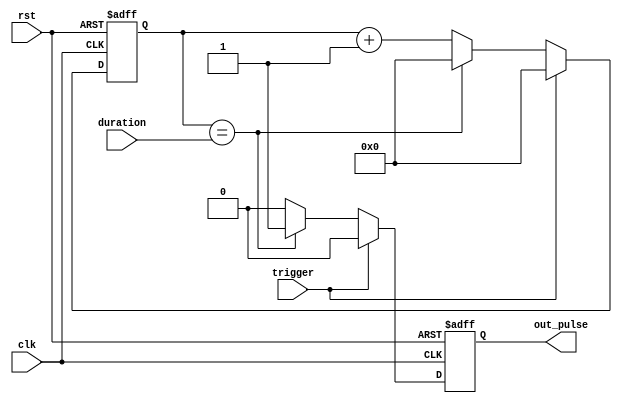
module one_shot_timer(
  input trigger,
  input wire clk,
  input wire rst,
  input wire [7:0] duration,
  output reg out_pulse
);

reg [7:0] count;

always @(posedge clk or posedge rst) begin
  if (rst) begin
    count <= 8'b0;
    out_pulse <= 1'b0;
  end else begin
    if (trigger) begin
      count <= 8'b0;
      out_pulse <= 1'b0;
    end else begin
      if (count == duration) begin
        out_pulse <= 1'b1;
        count <= 8'b0;
      end else begin
        count <= count + 1;
        out_pulse <= 1'b0;
      end
    end
  end
end

endmodule